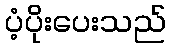
ပံ့ပိုးပေးသည်